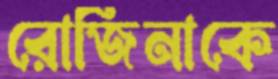
রোজিনাকে